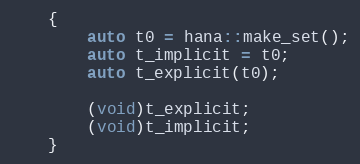
Language: C++
    {
        auto t0 = hana::make_set();
        auto t_implicit = t0;
        auto t_explicit(t0);

        (void)t_explicit;
        (void)t_implicit;
    }